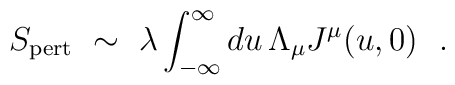
S_{\rm pert} \ \sim \ \lambda \int_{-\infty}^\infty du\, \Lambda_\mu J^\mu(u,0)  \ \ .